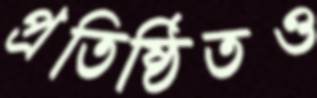
প্রতিষ্ঠিতও